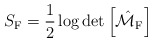
\begin{align*}S_{\rm F}=\frac{1}{2}\log\det\left[\hat{\cal M}_{\rm F}\right] \end{align*}